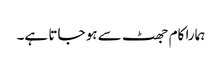
ہمارا کام جھٹ سے ہو جاتا ہے۔